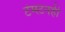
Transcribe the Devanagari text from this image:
टंग्स्टनही